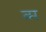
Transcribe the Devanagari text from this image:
व्म